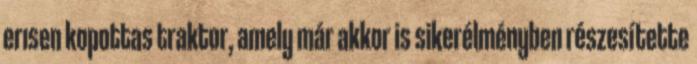
erısen kopottas traktor, amely már akkor is sikerélményben részesítette